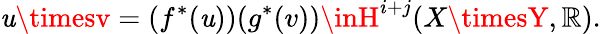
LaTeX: \mathit{u}\timesv=(f^{*}(\mathit{u}))(g^{*}(v))\inH^{i+j}(X\timesY,\mathbb{R}).